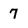
Character: 7